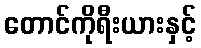
တောင်ကိုရီးယားနှင့်